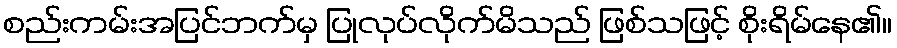
စည်းကမ်းအပြင်ဘက်မှ ပြုလုပ်လိုက်မိသည် ဖြစ်သဖြင့် စိုးရိမ်နေ၏။